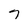
Character: 7